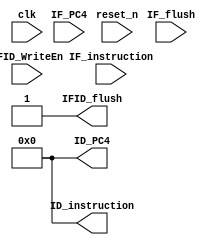
module IFID_Register(clk, reset_n, IF_PC4, IF_instruction, IF_flush, IFID_WriteEn, ID_PC4, ID_instruction, IFID_flush);
	input clk;
	input reset_n;
	input [15:0] IF_PC4;
	input [15:0] IF_instruction;
	input IF_flush;
	input IFID_WriteEn;
	output reg [15:0] ID_PC4;
	output reg [15:0] ID_instruction;
	output reg IFID_flush;

	always @(reset_n) begin
		ID_PC4 = 16'h0000;
		ID_instruction = 16'h0000;
		IFID_flush = 1'b1;
	end

	always @(posedge clk) begin
		/*if (IF_flush) begin
			ID_PC4 = 16'h0000;
			ID_instruction = 16'hb000;
			if (IFID_WriteEn) begin	
				IFID_flush = IF_flush;
			end
			
		end*/
		if (IFID_WriteEn) begin
			IFID_flush = IF_flush;
			ID_PC4 = IF_PC4;
			ID_instruction = IF_instruction;
			if (IF_flush) begin
				ID_instruction = 16'hb000;
			end
		end
	end 
endmodule